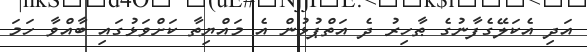
އަދި އެކަލޭގެފާނުގެ ޠާހިރު ދެ އަތްޕުޅުން އެ މައްޔިތާ ކަށްވަޅުގައި ބާއްވާ ހަމަ